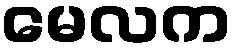
မေလက